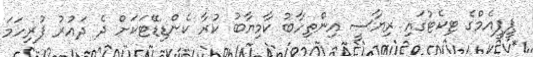
ޕީޕީއެމްގެ ޓިކެޓުގައި ރިޔާސީ އިންތިހާބު ކާމިޔާބު ކުރާ ކެންޑިޑޭޓަކަށް ދެ ދައުރު ފުރިހަމަ